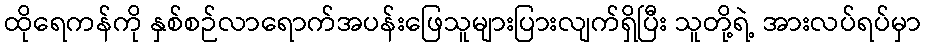
ထိုရေကန်ကို နှစ်စဉ်လာရောက်အပန်းဖြေသူများပြားလျက်ရှိပြီး သူတို့ရဲ့ အားလပ်ရပ်မှာ